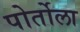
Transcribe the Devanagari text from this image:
पोर्तोला